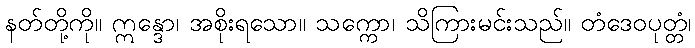
နတ်တို့ကို။ ဣန္ဒော၊ အစိုးရသော။ သက္ကော၊ သိကြားမင်းသည်။ တံဒေဝပုတ္တံ၊